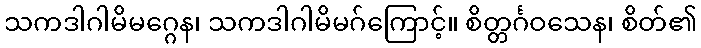
သကဒါဂါမိမဂ္ဂေန၊ သကဒါဂါမိမဂ်ကြောင့်။ စိတ္တင်္ဂဝသေန၊ စိတ်၏